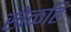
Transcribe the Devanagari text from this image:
खेळहि